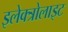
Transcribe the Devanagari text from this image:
इलेक्त्रोलाइट